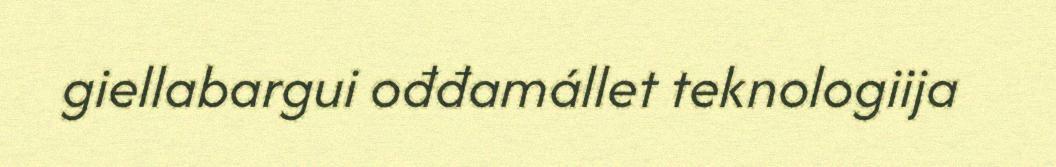
giellabargui ođđamállet teknologiija